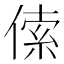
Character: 𠋲